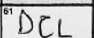
Transcription: DCL